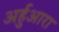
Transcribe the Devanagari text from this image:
अर्हुआरा